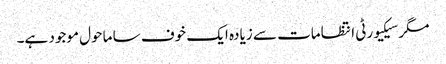
مگر سیکیورٹی انتظامات سے زیادہ ایک خوف سا ماحول موجود ہے۔